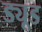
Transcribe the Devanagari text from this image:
ड्यूड